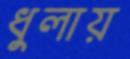
ধুলায়